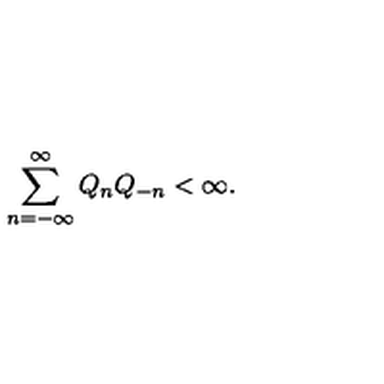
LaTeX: \sum _ { n = - \infty } ^ { \infty } Q _ { n } Q _ { - n } < \infty .